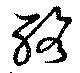
酪